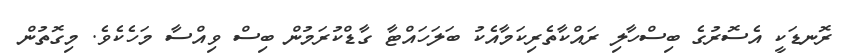
ރޮނޑަކީ އެސޮރުގެ ބިސްހާލި ރައްކާތެރިކަމާއެކު ބަލަހައްޓާ ގާޑްކުރަމުން ބިސް ވިއްސާ މަހެކެވެ. މިގޮތުން